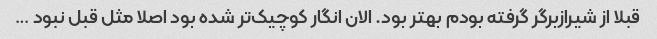
قبلا از شیرازبرگر گرفته بودم بهتر بود. الان انگار کوچیک‌تر شده بود اصلا مثل قبل نبود …